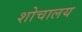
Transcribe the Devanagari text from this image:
शोचालय